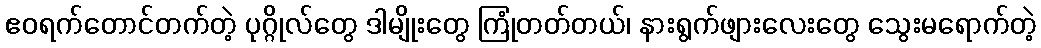
ဧဝရက်တောင်တက်တဲ့ ပုဂ္ဂိုလ်တွေ ဒါမျိုးတွေ ကြုံတတ်တယ်၊ နားရွက်ဖျားလေးတွေ သွေးမရောက်တဲ့